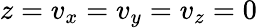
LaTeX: z=v_{x}=v_{y}=v_{z}=0